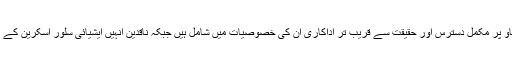
جذباتی مکالمے، آواز کے اتار چڑھاؤ پر مکمل دسترس اور حقیقت سے قریب تر اداکاری ان کی خصوصیات میں شامل ہیں جبکہ ناقدین انہیں ایشیائی سلور اسکرین کے عظیم فنکاروں میں شمار کرتے ہیں۔